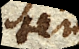
tensa